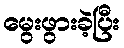
မွေးဖွားခဲ့ပြီး